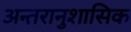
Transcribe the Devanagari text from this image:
अन्तरानुशासिक